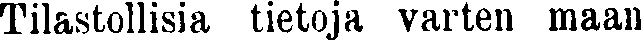
Tilastollisia tietoja varten maan